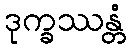
ဒုက္ခဿန္တံ